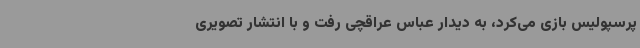
پرسپولیس بازی می‌کرد، به دیدار عباس عراقچی رفت و با انتشار تصویری